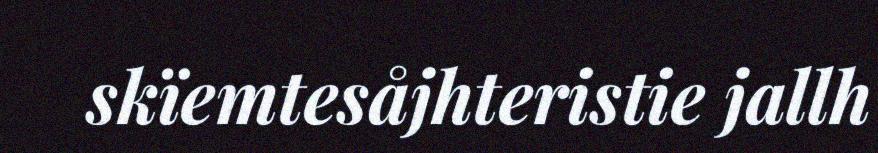
skïemtesåjhteristie jallh